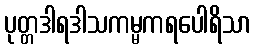
ပုတ္တဒါရဒါသကမ္မကရပေါရိသာ